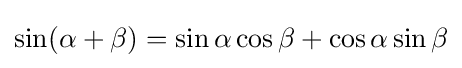
\sin(\alpha +\beta )=\sin \alpha \cos \beta +\cos \alpha \sin \beta